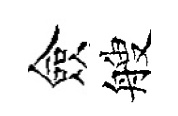
僉艘